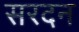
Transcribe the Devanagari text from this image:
सरदन